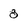
Character: 8